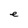
Character: e